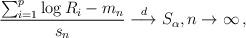
LaTeX: \begin{align*}\frac{\sum_{i=1}^p\log R_i- m_n}{s_n} \overset{d}{\longrightarrow} S_\alpha,n\to\infty\,,\end{align*}